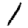
Digit: 1